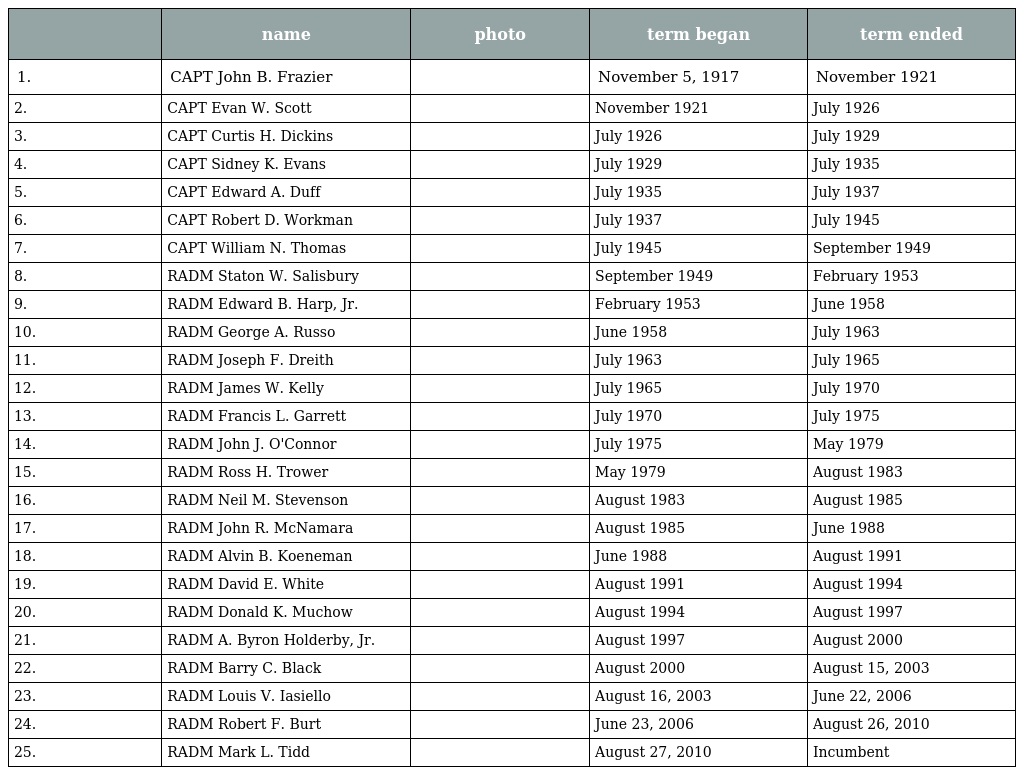
|  | name | photo | term began | term ended |
 | --- | --- | --- | --- | --- |
 | 1. | CAPT John B. Frazier |  | November 5, 1917 | November 1921 |
 | 2. | CAPT Evan W. Scott |  | November 1921 | July 1926 |
 | 3. | CAPT Curtis H. Dickins |  | July 1926 | July 1929 |
 | 4. | CAPT Sidney K. Evans |  | July 1929 | July 1935 |
 | 5. | CAPT Edward A. Duff |  | July 1935 | July 1937 |
 | 6. | CAPT Robert D. Workman |  | July 1937 | July 1945 |
 | 7. | CAPT William N. Thomas |  | July 1945 | September 1949 |
 | 8. | RADM Staton W. Salisbury |  | September 1949 | February 1953 |
 | 9. | RADM Edward B. Harp, Jr. |  | February 1953 | June 1958 |
 | 10. | RADM George A. Russo |  | June 1958 | July 1963 |
 | 11. | RADM Joseph F. Dreith |  | July 1963 | July 1965 |
 | 12. | RADM James W. Kelly |  | July 1965 | July 1970 |
 | 13. | RADM Francis L. Garrett |  | July 1970 | July 1975 |
 | 14. | RADM John J. O'Connor |  | July 1975 | May 1979 |
 | 15. | RADM Ross H. Trower |  | May 1979 | August 1983 |
 | 16. | RADM Neil M. Stevenson |  | August 1983 | August 1985 |
 | 17. | RADM John R. McNamara |  | August 1985 | June 1988 |
 | 18. | RADM Alvin B. Koeneman |  | June 1988 | August 1991 |
 | 19. | RADM David E. White |  | August 1991 | August 1994 |
 | 20. | RADM Donald K. Muchow |  | August 1994 | August 1997 |
 | 21. | RADM A. Byron Holderby, Jr. |  | August 1997 | August 2000 |
 | 22. | RADM Barry C. Black |  | August 2000 | August 15, 2003 |
 | 23. | RADM Louis V. Iasiello |  | August 16, 2003 | June 22, 2006 |
 | 24. | RADM Robert F. Burt |  | June 23, 2006 | August 26, 2010 |
 | 25. | RADM Mark L. Tidd |  | August 27, 2010 | Incumbent |